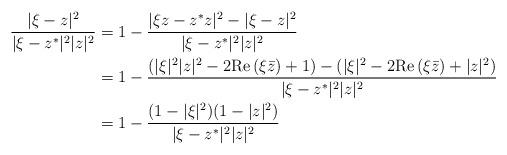
LaTeX: \begin{align*} \frac{|\xi-z|^2}{|\xi-z^*|^2|z|^2} &=1-\frac{|\xi z-z^*z|^2-|\xi-z|^2}{|\xi-z^*|^2|z|^2} \\ &=1-\frac{(|\xi|^2|z|^2-2 {\rm Re}\, (\xi \bar z) +1)- (|\xi|^2- 2 {\rm Re}\,(\xi \bar z) +|z|^2)}{|\xi-z^*|^2|z|^2} \\ &= 1-\frac{(1-|\xi|^2)(1-|z|^2)}{|\xi-z^*|^2|z|^2} \end{align*}